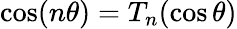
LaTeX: \cos(n\theta)=T_{n}(\cos\theta)